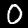
Label: 0